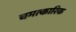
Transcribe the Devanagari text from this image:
चमत्‍कारिक